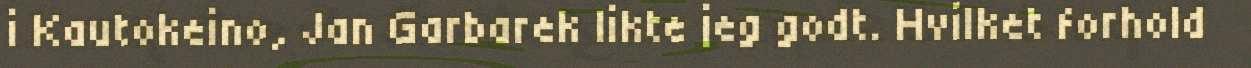
i Kautokeino, Jan Garbarek likte jeg godt. Hvilket forhold